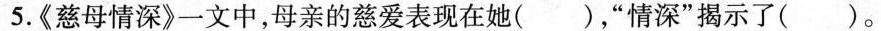
5.《慈母情深》一文中，母亲的慈爱表现在她()，”情深”揭示了()。